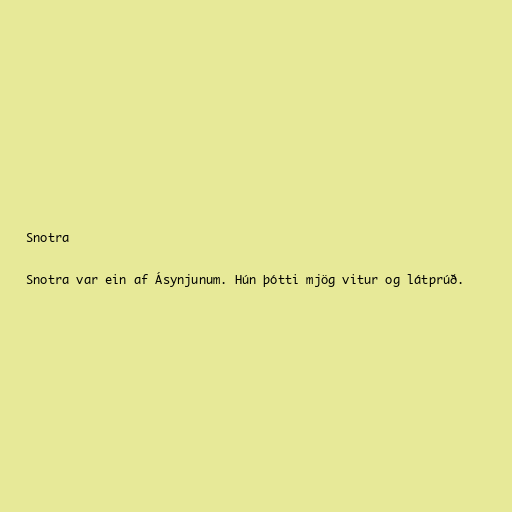
Snotra

Snotra var ein af Ásynjunum. Hún þótti mjög vitur og látprúð.